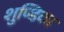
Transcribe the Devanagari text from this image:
शुण्डिका